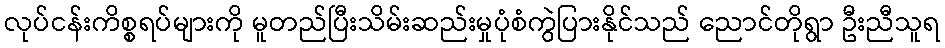
လုပ်ငန်းကိစ္စရပ်များကို မူတည်ပြီးသိမ်းဆည်းမှုပုံစံကွဲပြားနိုင်သည် ညောင်တိုရွာ ဦးညီသူရ